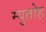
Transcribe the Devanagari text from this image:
म्युतोह